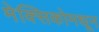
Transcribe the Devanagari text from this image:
मेक्सिकोमधून